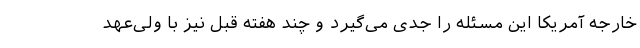
خارجه آمریکا این مسئله را جدی می‌گیرد و چند هفته قبل نیز با ولی‌عهد